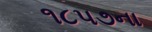
૧૮પ૭ના